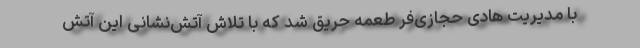
با مدیریت هادی حجازی‌فر طعمه حریق شد که با تلاش آتش‌نشانی این آتش